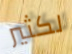
لكثير